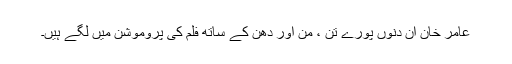
عامر خان ان دنوں پورے تن ، من اور دھن کے ساتھ فلم کی پروموشن میں لگے ہیں۔